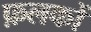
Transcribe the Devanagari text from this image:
फ़लकों